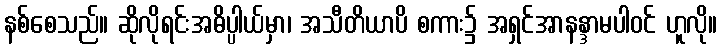
နစ်စေသည်။ ဆိုလိုရင်းအဓိပ္ပါယ်မှာ၊ အသီတိယာပိ စကား၌ အရှင်အာနန္ဒာမပါဝင် ဟူလို။